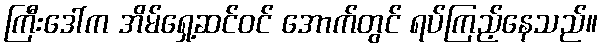
ကြီးဒေါ်က အိမ်ရှေ့ဆင်ဝင် အောက်တွင် ရပ်ကြည့်နေသည်။